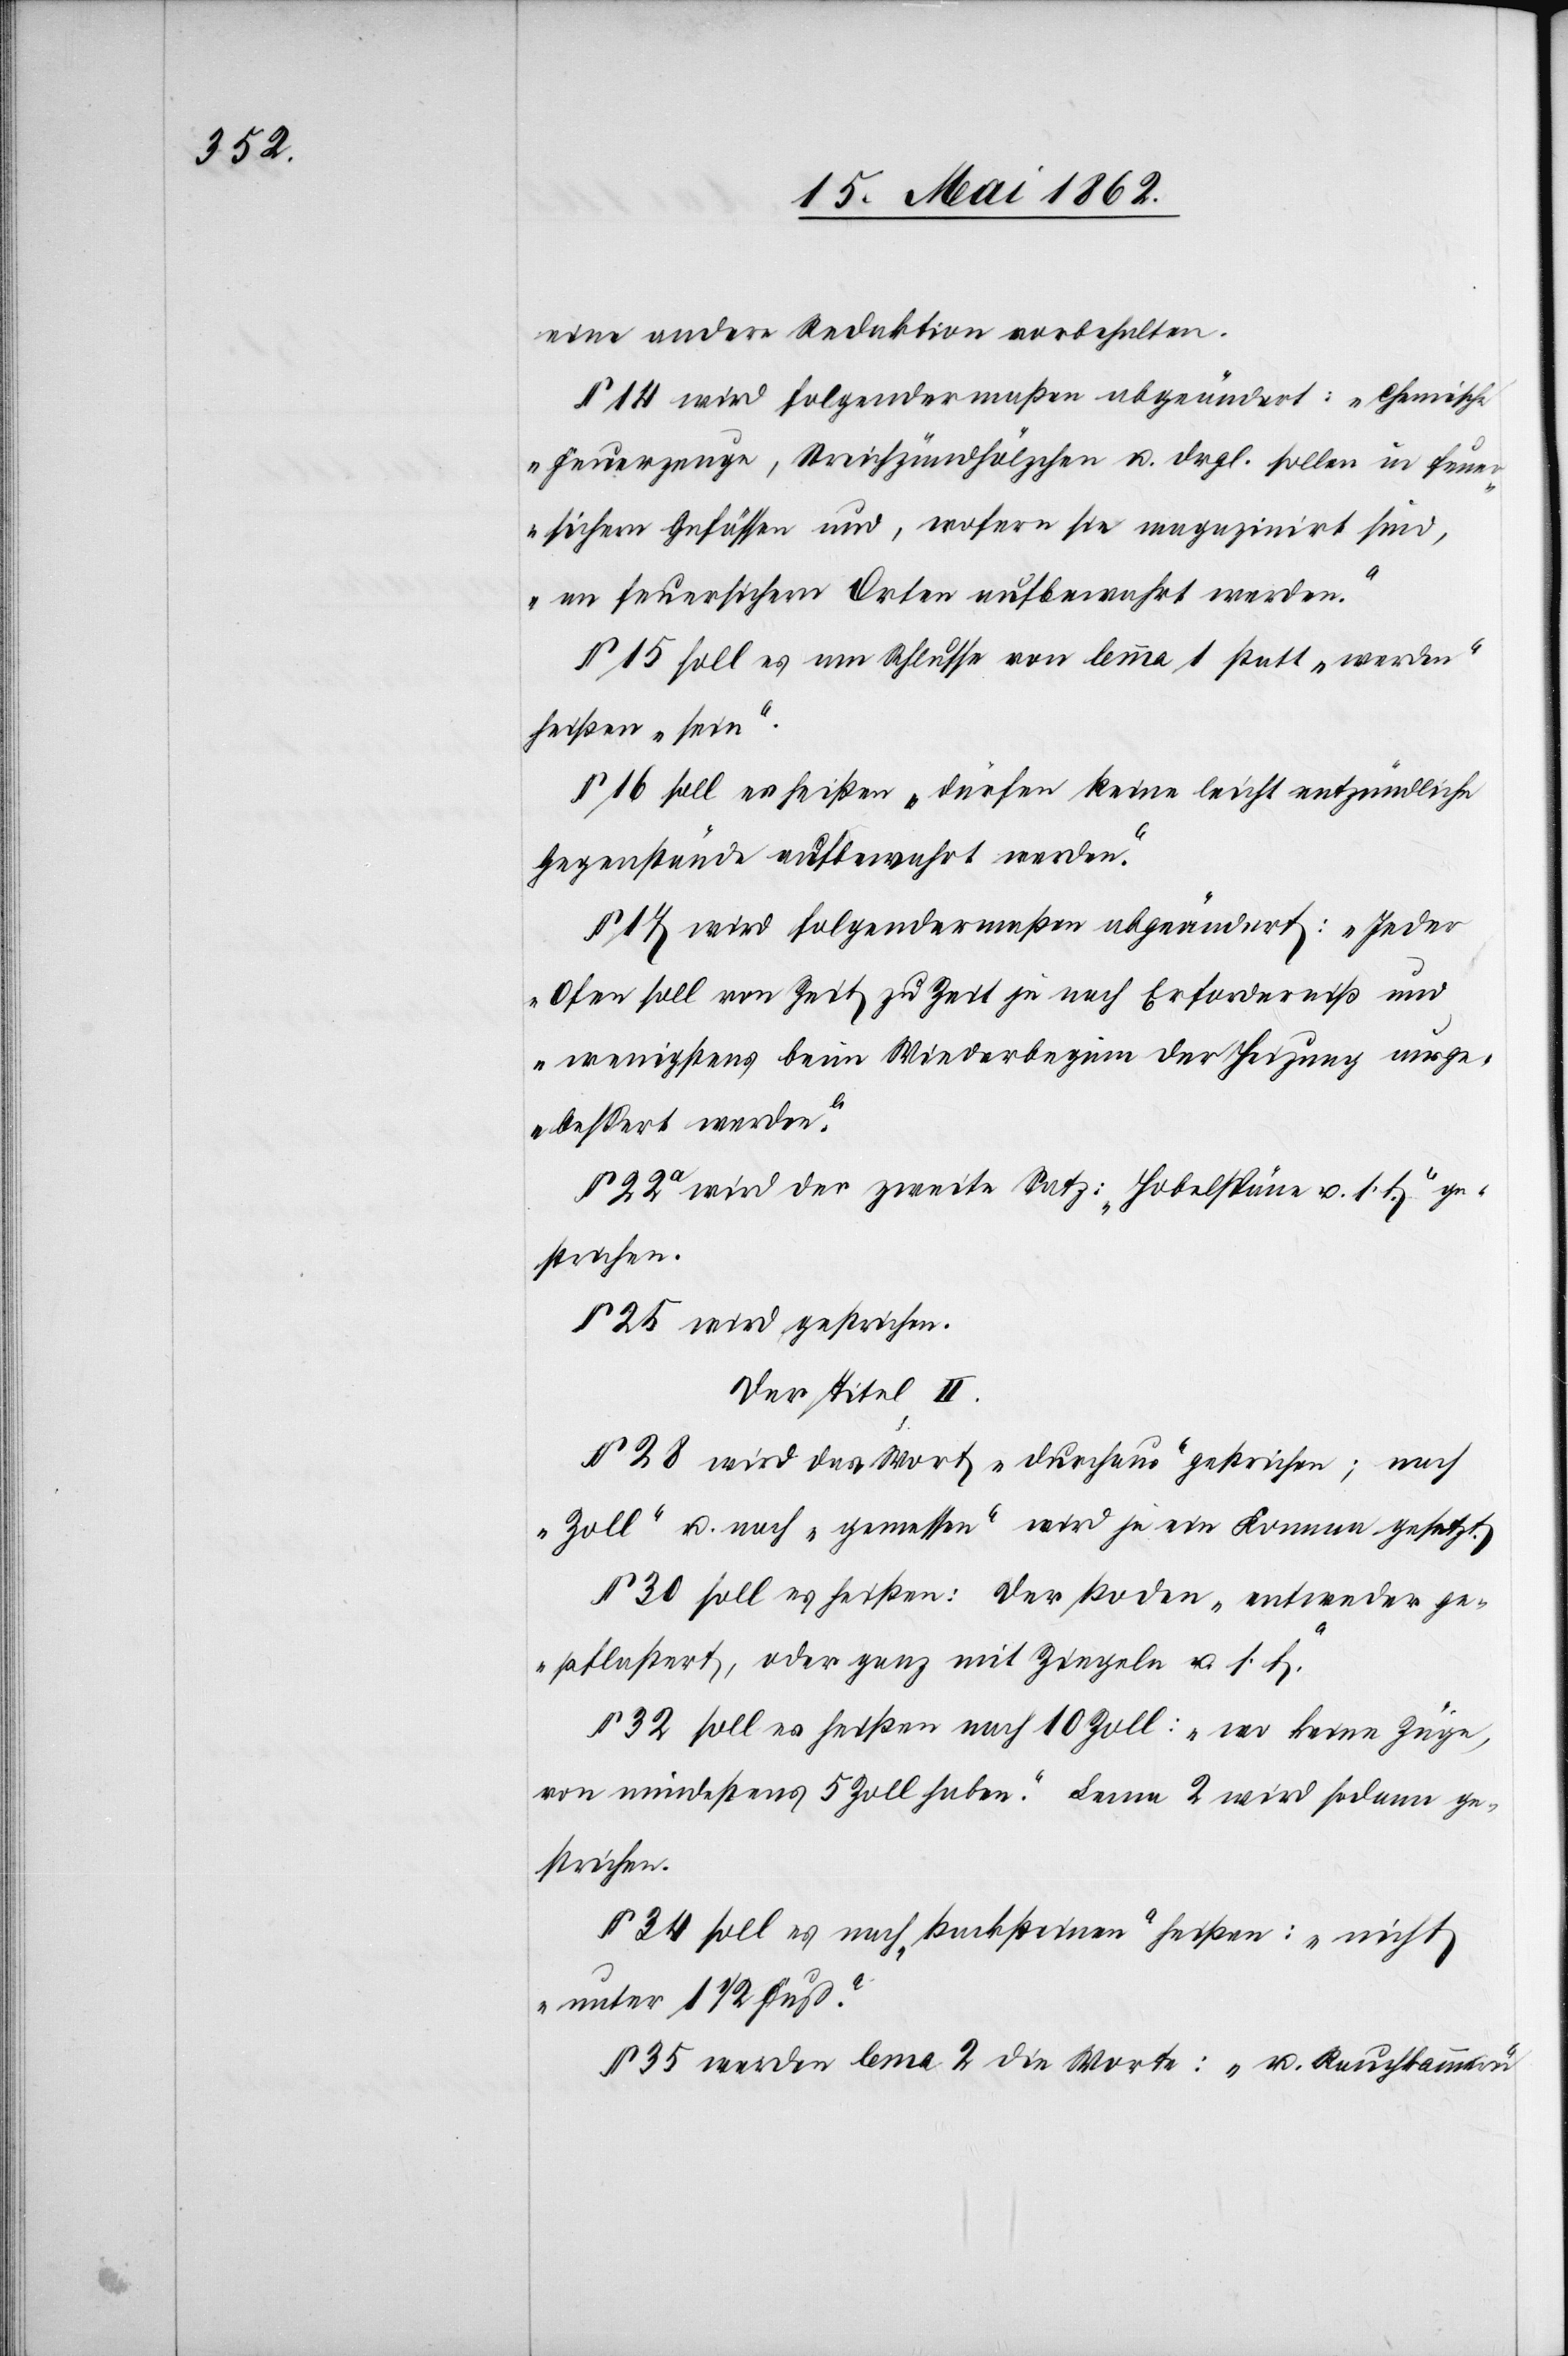
eine andere Redaktion vorbehalten.
§ 14 wird folgendermaßen abgeändert: „Chemische
Feuerzange, Streichzündhölzchen u. drgl. sollen in feue¬
rsichern Gefäßen und, wofern sie magazinirt sind,
an feuersichern Orten aufbewahrt werden.“
§ 15 soll es am Schlusse von Lemma 1 statt „werden“
heißen „sein“.
§ 16 soll es heißen „dürfen keine leicht entzündliche
Gegenstände aufbewahrt werden.“
§ 17 wird folgendermaßen abgeändert: „Jeder
Ofen soll von Zeit zu Zeit je nach Erforderniß und
wenigstens beim Wiederbeginn der Heizung ausge¬
bessert werden.“
§ 22a wird der zweite Satz: „Hobelspäne u. s. f.“ ge¬
strichen.
§ 25 wird gestrichen.
Der Titel II.
§ 28 wird das Wort „durchaus“ gestrichen; nach
„Zoll“ u. nach „gemessen“ wird je ein Komma gesetzt.
§ 30 soll es heißen: Der Boden „entweder ge¬
pflastert, oder ganz mit Ziegeln u. s. f.“
§ 32 soll es heißen nach 10 Zoll: „wo keine Züge
von mindestens 5 Zoll haben.“ Lema 2 wird sodann ge¬
strichen.
§ 34 soll es nach „Backsteinen“ heißen: „nicht
unter 1 1/2 Fuß.“
§ 35 werden lema 2 die Worte: „u. Rauchkammern“